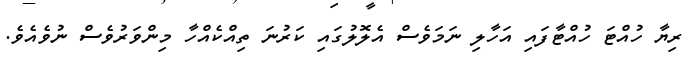
ރިޔާ ހުއްޓަ ހުއްޓާފައި އަހާލި ނަމަވެސް އެލޮލުގައި ކަރުނަ ތިއްކެއްހާ މިންވަރުވެސް ނުވެއެވެ.